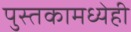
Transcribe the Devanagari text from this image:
पुस्तकामध्येही